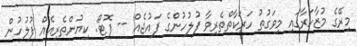
މިރޭގެ މުޒާހަރާގައި މިވަގުތު ހަރަކާތްތެރިވާ ފުލުހުންގެ ފައުޖެއް -- ފޮޓޯ: ކިޔުންތެރިއެއް ފުލުހުން